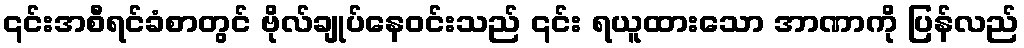
၎င်းအစီရင်ခံစာတွင် ဗိုလ်ချုပ်နေဝင်းသည် ၎င်း ရယူထားသော အာဏာကို ပြန်လည်